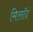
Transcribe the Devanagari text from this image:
मिलॉद